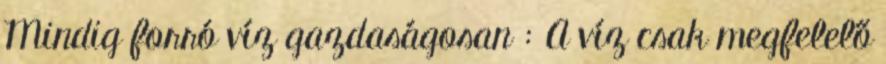
Mindig forró víz gazdaságosan : A víz csak megfelelő